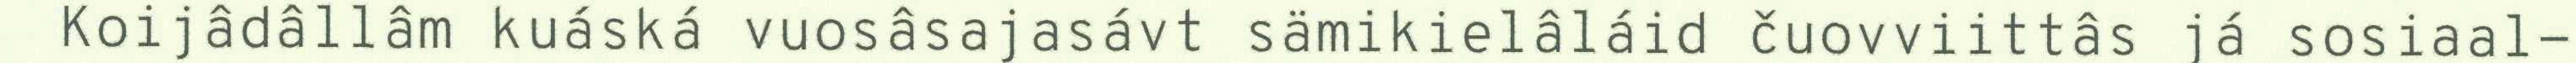
Koijâdâllâm kuáská vuosâsajasávt sämikielâláid čuovviittâs já sosiaal-